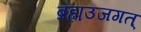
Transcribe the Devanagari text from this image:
ब्रह्मउजगत्